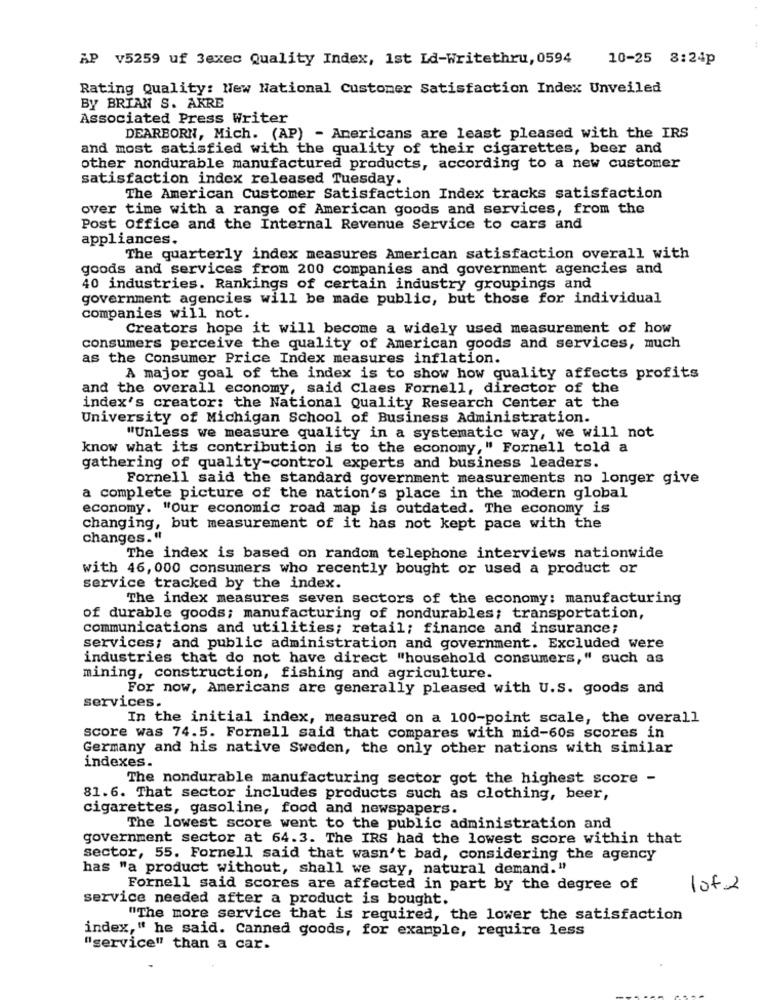
AP V5259 uf 3exec Quality Index, Ist Ld-Writethru, 0594
10-25 8:24p
Rating Quality: New National Customer Satisfaction Index Unveiled
By BRIAN S. AKRE
Associated Press Writer
DEARBORN, Mich. (AP) - Americans are least pleased with the IRS
and most satisfied with the quality of their cigarettes, beer and
other nondurable manufactured products, according to a new customer
satisfaction index released Tuesday.
The American Customer Satisfaction Index tracks satisfaction
over time with a range of American goods and services, from the
Post office and the Internal Revenue Service to cars and
appliances.
The quarterly index measures American satisfaction overall with
goods and services from 200 companies and government agencies and
40 industries. Rankings of certain industry groupings and
government agencies will be made public, but those for individual
companies will not.
Creators hope it will become a widely used measurement of how
consumers perceive the quality of American goods and services, much
as the Consumer Price Index measures inflation.
A major goal of the index is to show how quality affects profits
and the overall economy, said Claes Fornell, director of the
index's creator: the National Quality Research Center at the
University of Michigan School of Business Administration.
"Unless we measure quality in a systematic way, we will not
know what its contribution is to the economy," Fornell told a
gathering of quality-control experts and business leaders.
Fornell said the standard government measurements no longer give
a complete picture of the nation's place in the modern global
economy. "Our economic road map is outdated. The economy is
changing, but measurement of it has not kept pace with the
changes."
The index is based on random telephone interviews nationwide
with 46, 000 consumers who recently bought or used a product or
service tracked by the index.
The index measures seven sectors of the economy: manufacturing
of durable goods; manufacturing of nondurables; transportation,
communications and utilities; retail; finance and insurance;
services; and public administration and government. Excluded were
industries that do not have direct "household consumers," such as
mining, construction, fishing and agriculture.
For now, Americans are generally pleased with U.S. goods and
services.
In the initial index, measured on a 100-point scale, the overall
score was 74.5. Fornell said that compares with mid-60s scores in
Germany and his native Sweden, the only other nations with similar
indexes.
The nondurable manufacturing sector got the highest score -
81.6. That sector includes products such as clothing, beer,
cigarettes, gasoline, food and newspapers.
The lowest score went to the public administration and
government sector at 64.3. The IRS had the lowest score within that
sector, 55. Fornell said that wasn't bad, considering the agency
has "a product without, shall we say, natural demand."
Fornell said scores are affected in part by the degree of
1of2
service needed after a product is bought.
"The more service that is required, the lower the satisfaction
index," he said. Canned goods, for example, require less
"service" than a car.